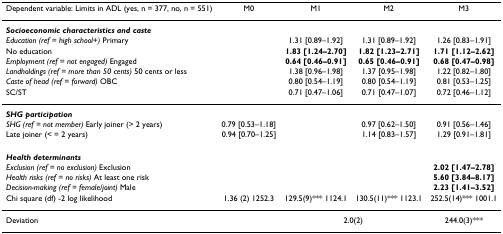
| Dependent variable: Limits in ADL (yes, n = 377, no, n = 551) | M0 | M1 | M2 | M3 |
 | --- | --- | --- | --- | --- |
 | Socioeconomic characteristics and caste |  |  |  |  |
 | Education (ref = high school+) Primary |  | 1.31 [0.89–1.92] | 1.31 [0.89–1.92] | 1.26 [0.83–1.91] |
 | No education |  | 1.83 [1.24–2.70] | 1.82 [1.23–2.71] | 1.71 [1.12–2.62] |
 | Employment (ref = not engaged) Engaged |  | 0.64 [0.46–0.91] | 0.65 [0.46–0.91] | 0.68 [0.47–0.98] |
 | Landholdings (ref = more than 50 cents) 50 cents or less |  | 1.38 [0.96–1.98] | 1.37 [0.95–1.98] | 1.22 [0.82–1.80] |
 | Caste of head (ref = forward) OBC |  | 0.80 [0.54–1.19] | 0.80 [0.54–1.19] | 0.81 [0.53–1.25] |
 | SC/ST |  | 0.71 [0.47–1.06] | 0.71 [0.47–1.07] | 0.72 [0.46–1.12] |
 | SHG participation |  |  |  |  |
 | SHG (ref = not member) Early joiner (> 2 years) | 0.79 [0.53–1.18] |  | 0.97 [0.62–1.50] | 0.91 [0.56–1.46] |
 | Late joiner (< = 2 years) | 0.94 [0.70–1.25] |  | 1.14 [0.83–1.57] | 1.29 [0.91–1.81] |
 | Health determinants |  |  |  |  |
 | Exclusion (ref = no exclusion) Exclusion |  |  |  | 2.02 [1.47–2.78] |
 | Health risks (ref = no risks) At least one risk |  |  |  | 5.60 [3.84–8.17] |
 | Decision-making (ref = female/joint) Male |  |  |  | 2.23 [1.41–3.52] |
 | Chi square (df) -2 log likelihood | 1.36 (2) 1252.3 | 129.5(9)*** 1124.1 | 130.5(11)*** 1123.1 | 252.5(14)*** 1001.1 |
 | Deviation |  | <COLSPAN=2> 2.0(2) | 244.0(3)*** |